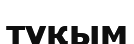
түқым